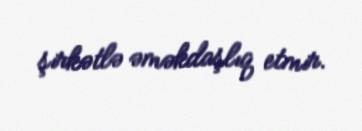
şirkətlə əməkdaşlıq etmir.